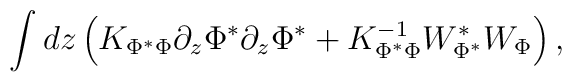
\int dz \left ( K_{\Phi^*\Phi} \partial_z\Phi^* \partial_z\Phi^*+  K_{\Phi^*\Phi}^{-1} W_{\Phi^*}^* W_{\Phi} \right ),